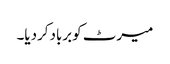
میرٹ کوبربادکردیا۔